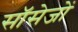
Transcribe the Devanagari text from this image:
सॉसेजों